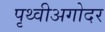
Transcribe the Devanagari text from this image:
पृथ्वीअगोदर